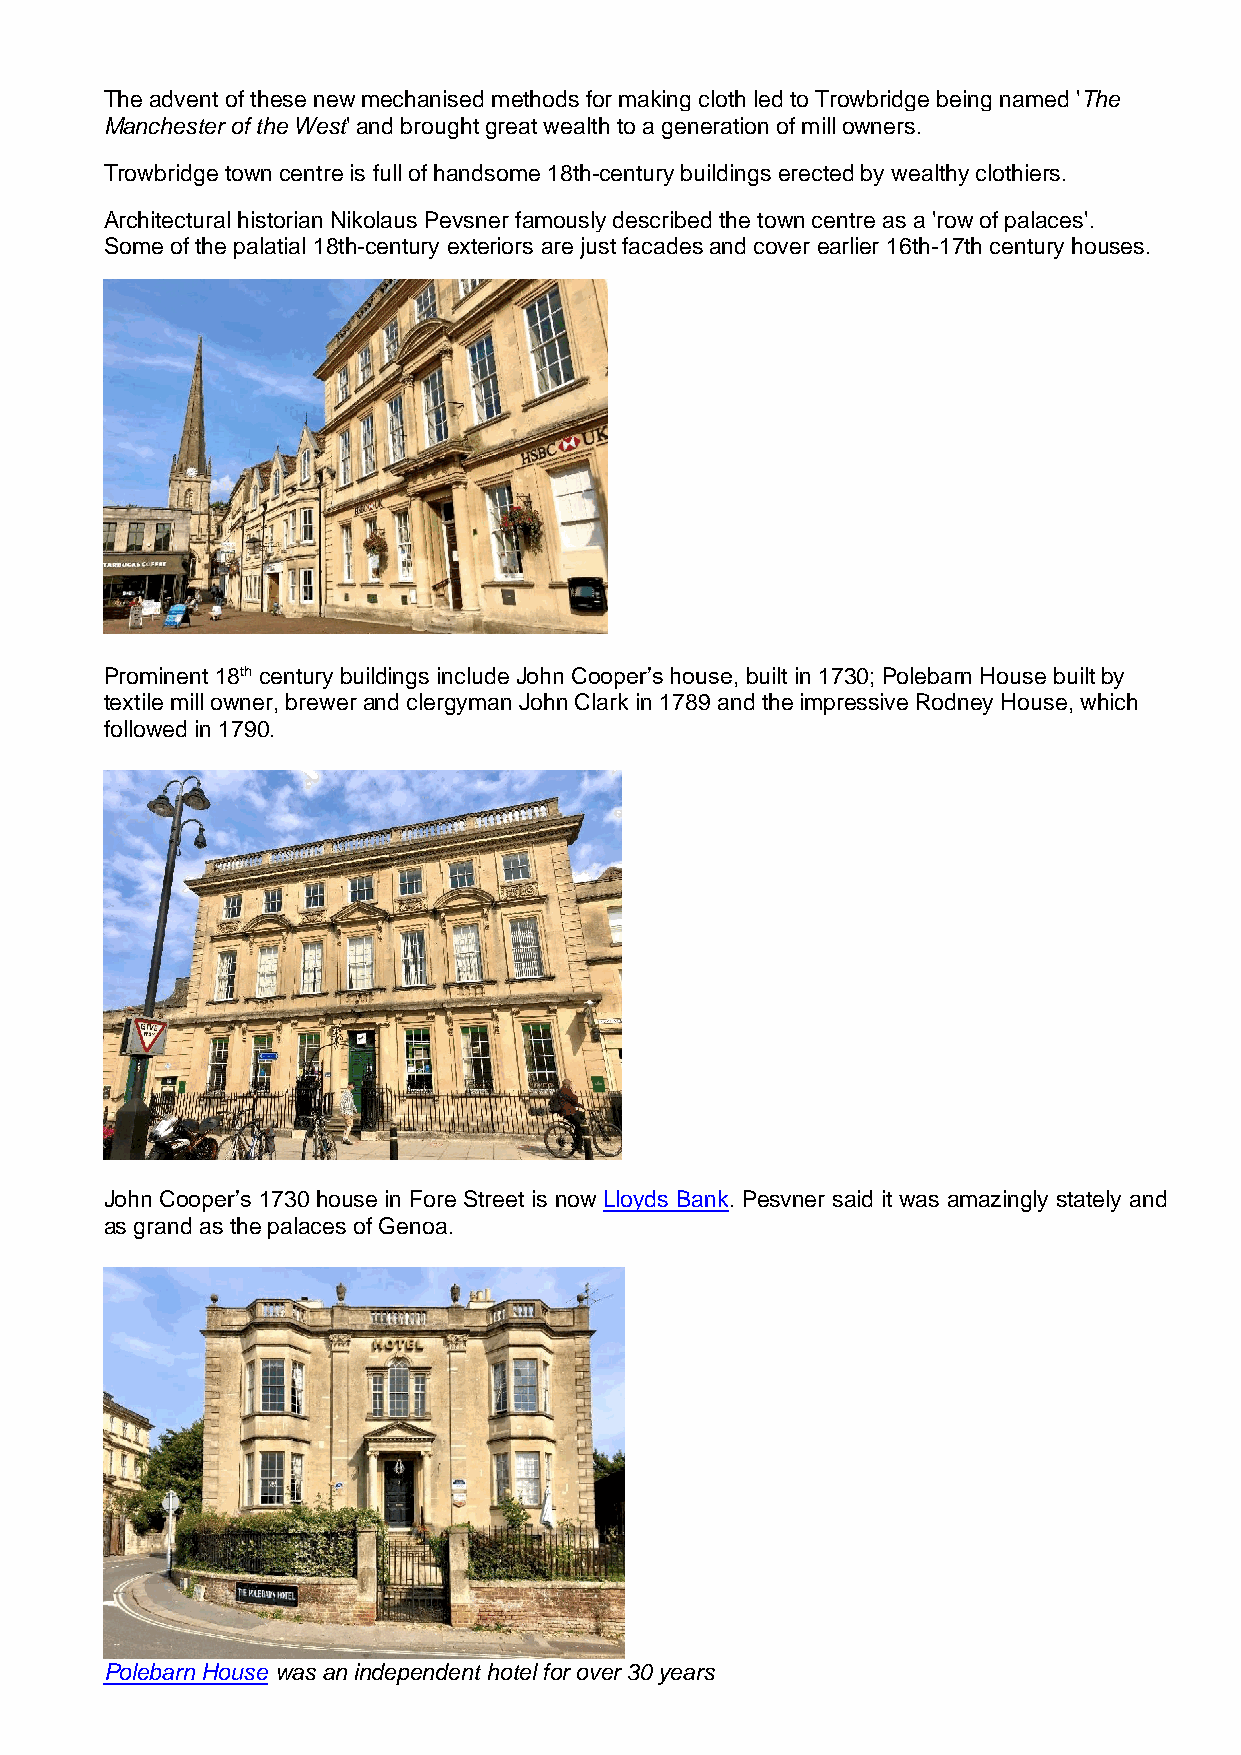
The advent of these new mechanised methods for making cloth led to Trowbridge being named 'The
 Manchester of the West' and brought great wealth to a generation of mill owners.
 Trowbridge town centre is full of handsome 18th-century buildings erected by wealthy clothiers.
 Architectural historian Nikolaus Pevsner famously described the town centre as a 'row of palaces'.
 Some of the palatial 18th-century exteriors are just facades and cover earlier 16th-17th century houses.
 Prominent 18th century buildings include John Cooper’s house, built in 1730; Polebarn House built by
 textile mill owner, brewer and clergyman John Clark in 1789 and the impressive Rodney House, which
 followed in 1790.
 John Cooper’s 1730 house in Fore Street is now Lloyds Bank. Pesvner said it was amazingly stately and
 as grand as the palaces of Genoa.
 Polebarn House was an independent hotel for over 30 years